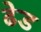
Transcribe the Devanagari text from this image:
ढेड